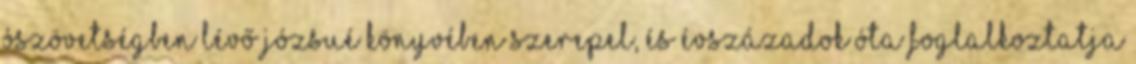
Ószövetségben lévő Józsué könyvében szerepel, és évszázadok óta foglalkoztatja